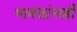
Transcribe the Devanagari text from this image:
भावंडांनाही